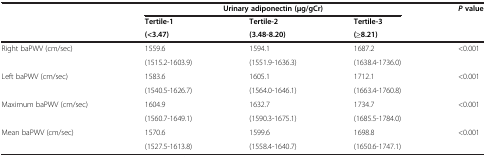
<table><thead><tr><td rowspan="2"><b> </b></td><td colspan="3"><b>Urinary adiponectin (μg/gCr)</b></td><td rowspan="2"><b><i>P</i>value</b></td></tr><tr><td><b>Tertile-1</b></td><td><b>Tertile-2</b></td><td><b>Tertile-3</b></td></tr><tr><td><b> </b></td><td><b>(&lt;3.47)</b></td><td><b>(3.48-8.20)</b></td><td><b>(≥8.21)</b></td><td><b> </b></td></tr></thead><tbody><tr><td rowspan="2">Right baPWV (cm/sec)</td><td>1559.6</td><td>1594.1</td><td>1687.2</td><td>&lt;0.001</td></tr><tr><td>(1515.2-1603.9)</td><td>(1551.9-1636.3)</td><td>(1638.4-1736.0)</td><td> </td></tr><tr><td rowspan="2">Left baPWV (cm/sec)</td><td>1583.6</td><td>1605.1</td><td>1712.1</td><td>&lt;0.001</td></tr><tr><td>(1540.5-1626.7)</td><td>(1564.0-1646.1)</td><td>(1663.4-1760.8)</td><td> </td></tr><tr><td rowspan="2">Maximum baPWV (cm/sec)</td><td>1604.9</td><td>1632.7</td><td>1734.7</td><td>&lt;0.001</td></tr><tr><td>(1560.7-1649.1)</td><td>(1590.3-1675.1)</td><td>(1685.5-1784.0)</td><td> </td></tr><tr><td>Mean baPWV (cm/sec)</td><td>1570.6</td><td>1599.6</td><td>1698.8</td><td>&lt;0.001</td></tr><tr><td> </td><td>(1527.5-1613.8)</td><td>(1558.4-1640.7)</td><td>(1650.6-1747.1)</td><td> </td></tr></tbody></table>